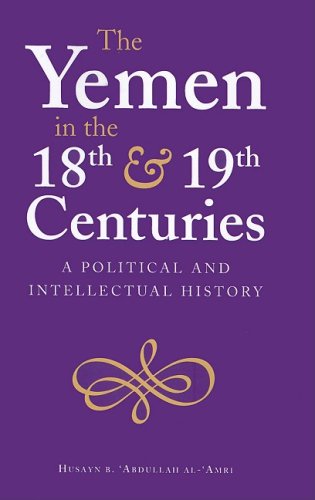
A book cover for The Yemen in the 18th and 19th Centuries: A Political and Intellectual History (Durham Middle East Monographs); Husayn B. Abdullah Al-Amri; History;